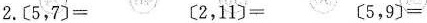
2.$$〔 5 ，7 〕=$$ $$〔 2 ，1 1 〕=$$